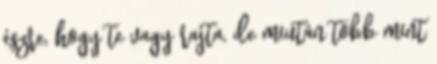
észre, hogy te vagy rajta, de miután több mint